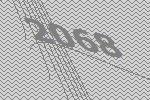
2068